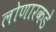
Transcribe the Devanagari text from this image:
लोणारकडे